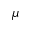
\mu